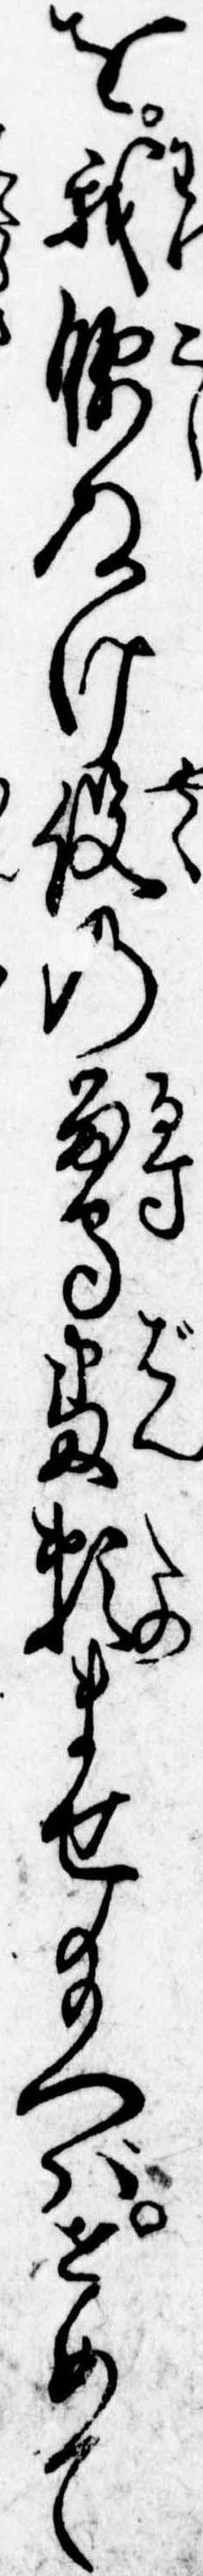
を我腰ぬけ役の留守番頼ませ給へばせめて